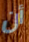
أن